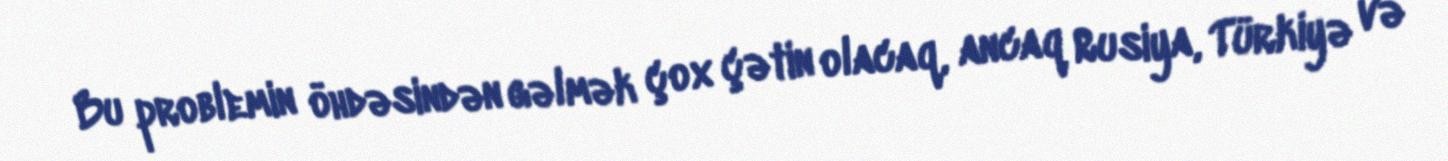
Bu problemin öhdəsindən gəlmək çox çətin olacaq, ancaq Rusiya, Türkiyə və